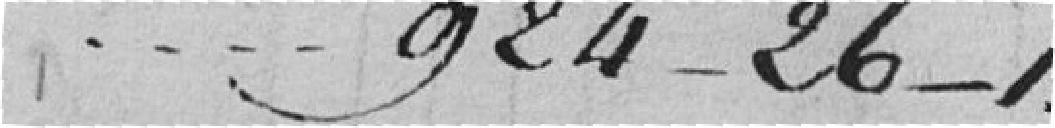
....924-26-1